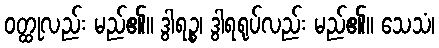
ဝတ္ထုလည်း မည်၏။ ဒွါရဉ္စ၊ ဒွါရရုပ်လည်း မည်၏။ သေသံ၊